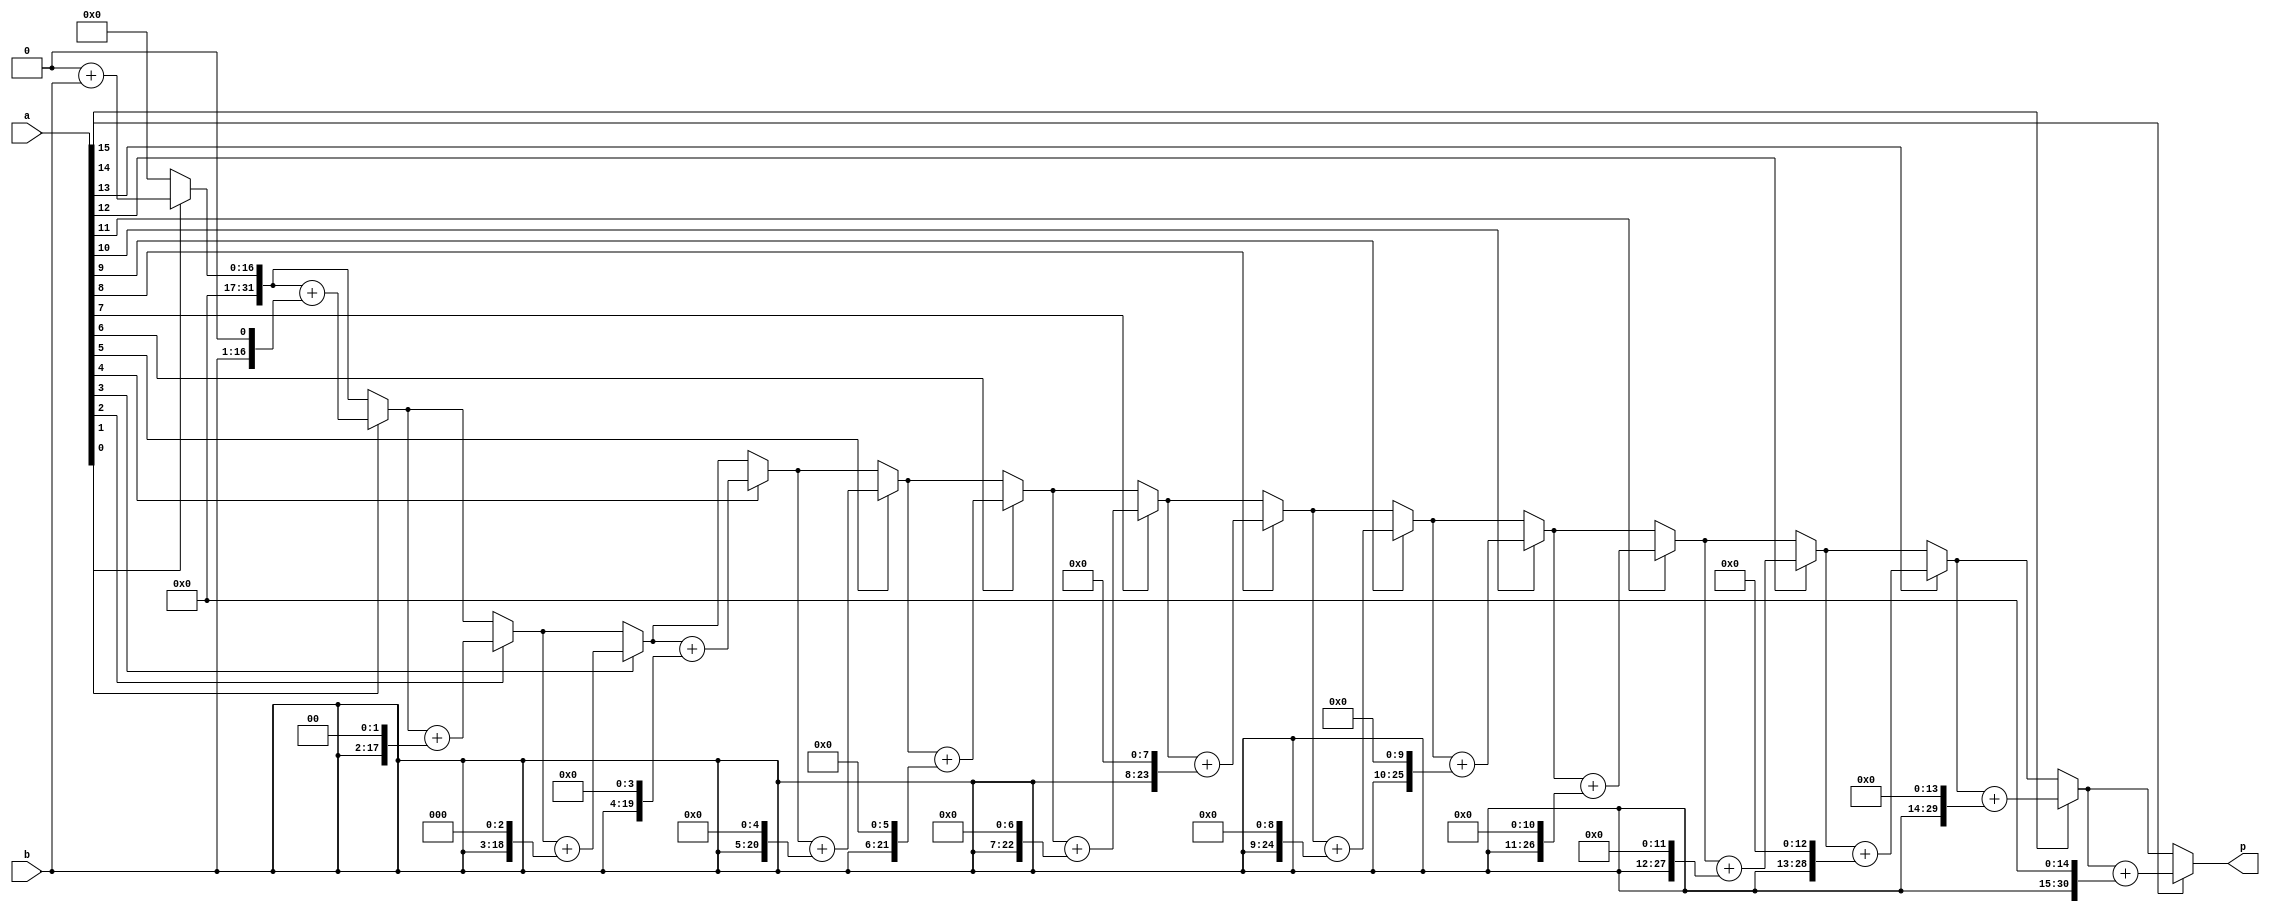
module Multiply16(input [15:0] a, b, output reg [31:0] p);
	integer x;

	always @(a or b)
	begin
		p = 0;
		
		for (x = 0; x < 16; x = x + 1)
			if ( a[x] == 1'b1 ) 
				p = p + (b << x);
	end
endmodule